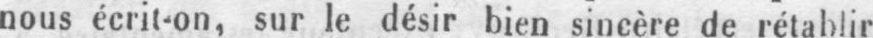
nous écrit-on, sur le désir bien sincère de rétablir